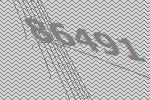
86491